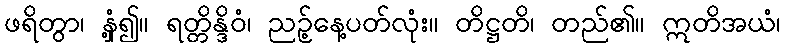
ဖရိတွာ၊ နှံ့၍။ ရတ္တိန္ဒိဝံ၊ ညဉ့်နေ့ပတ်လုံး။ တိဋ္ဌတိ၊ တည်၏။ ဣတိအယံ၊